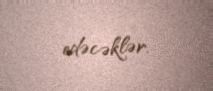
edəcəklər.